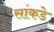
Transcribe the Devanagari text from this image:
सांकडे